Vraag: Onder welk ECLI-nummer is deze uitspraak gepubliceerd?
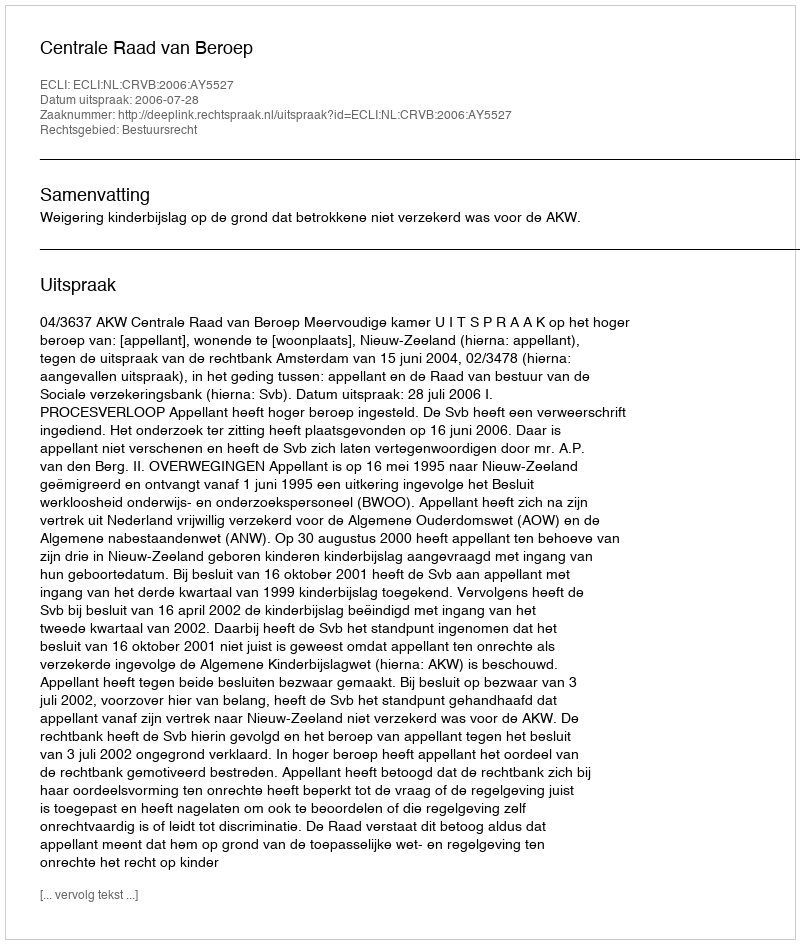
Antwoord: ECLI:NL:CRVB:2006:AY5527